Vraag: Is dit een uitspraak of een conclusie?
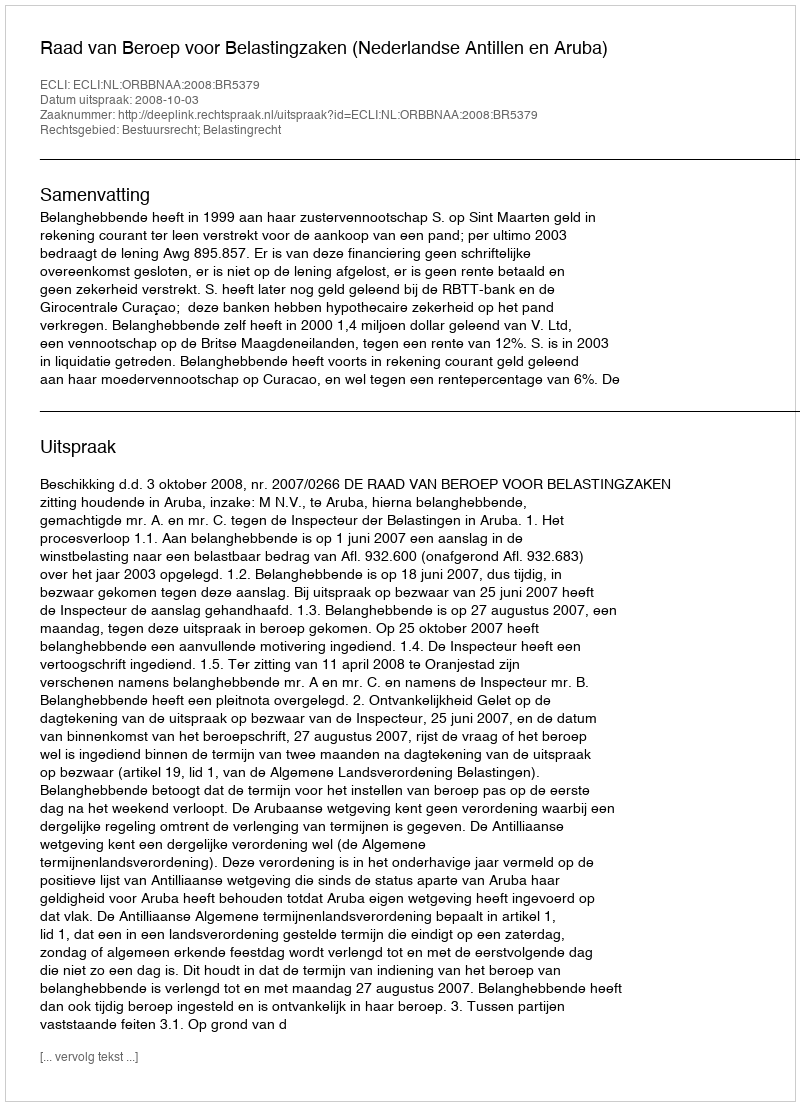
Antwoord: Uitspraak